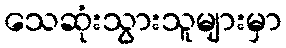
သေဆုံးသွားသူများမှာ